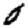
Digit: 0